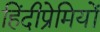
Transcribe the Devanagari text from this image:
हिंदीप्रेमियों